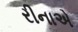
રીનાએ